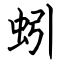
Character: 蚓